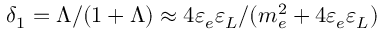
\delta _ { 1 } = \Lambda / ( 1 + \Lambda ) \approx 4 \varepsilon _ { e } \varepsilon _ { L } / ( m _ { e } ^ { 2 } + 4 \varepsilon _ { e } \varepsilon _ { L } )